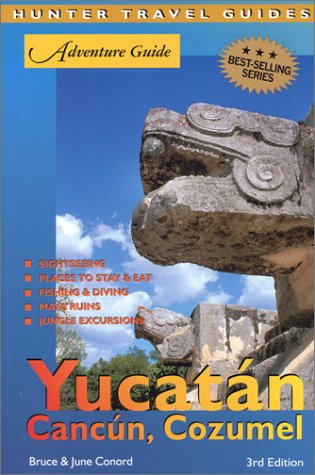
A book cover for Adventure Guide to the Yucatan, Cancun & Cozumel; Bruce W. Conord; Travel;